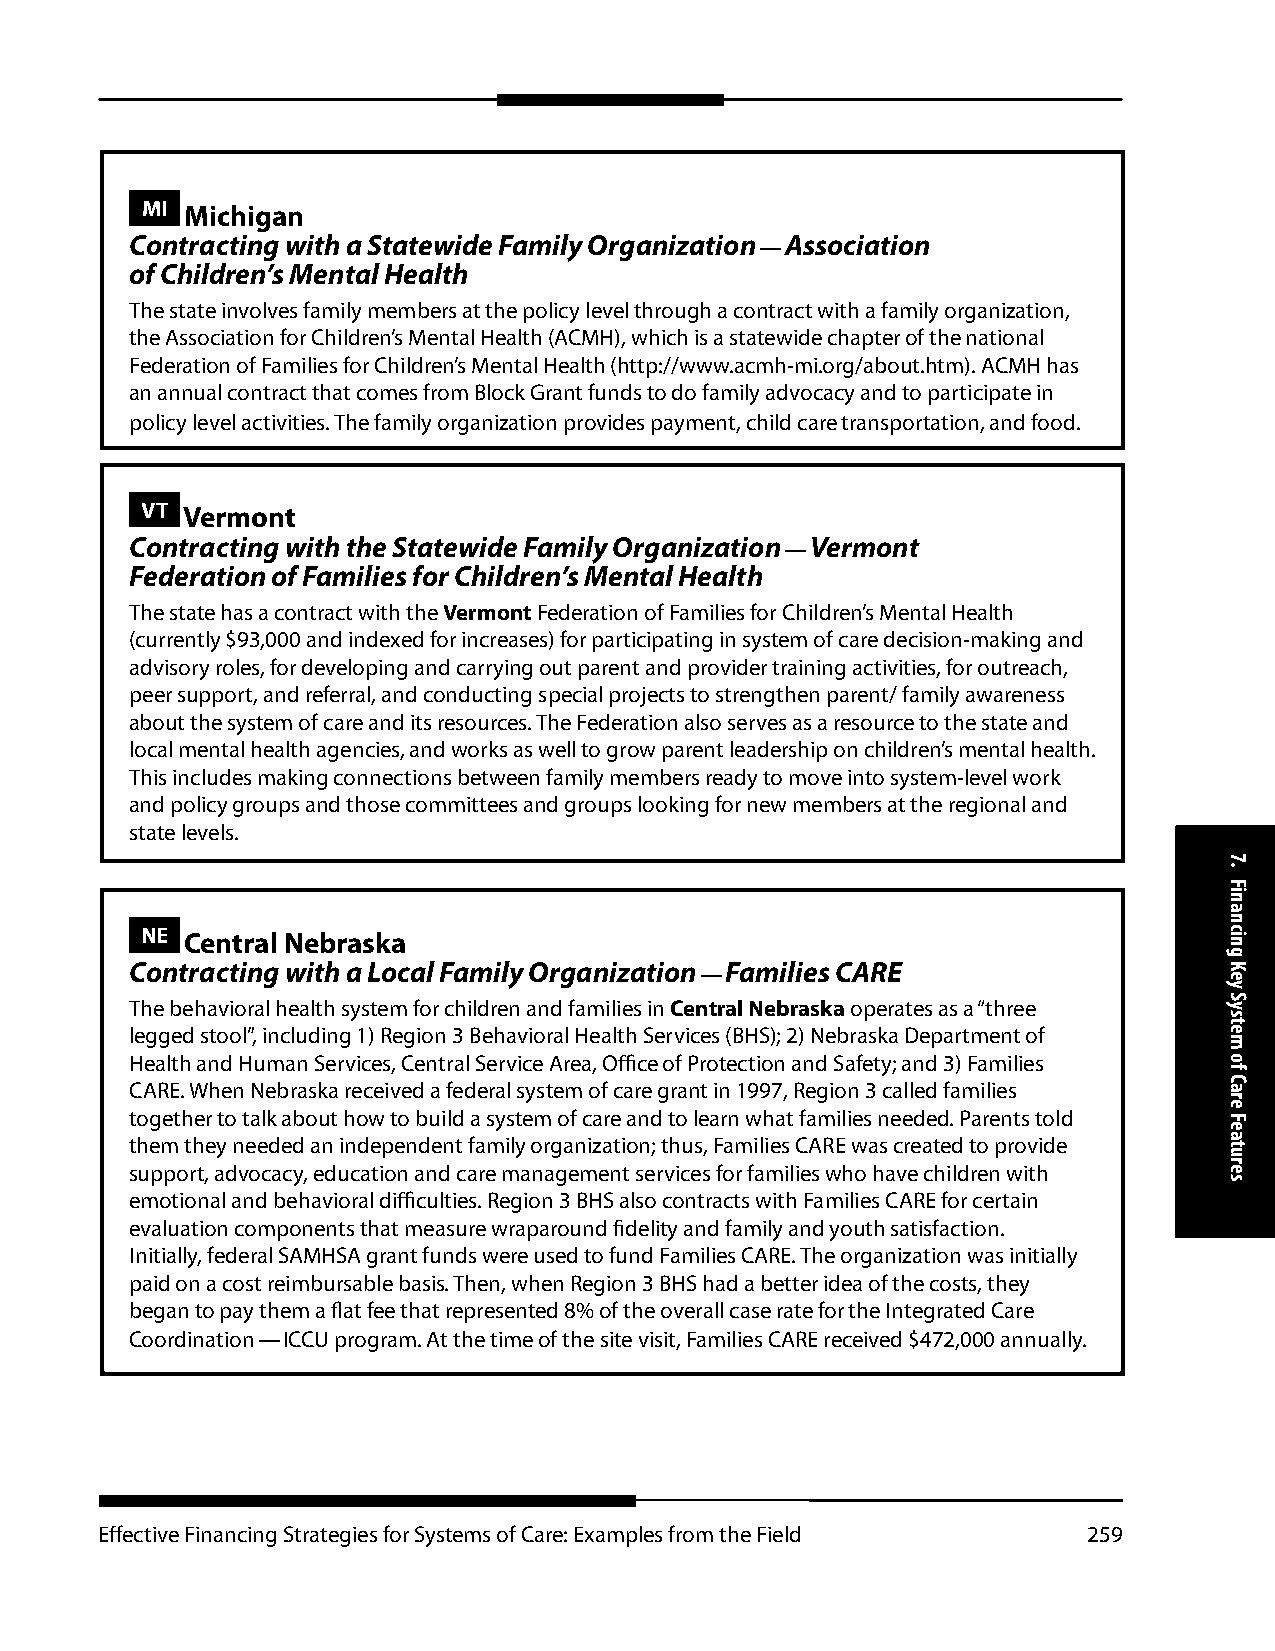
MI Michigan
 Contracting with a Statewide Family Organization — Association
 of Children’s Mental Health
 The state involves family members at the policy level through a contract with a family organization,
 the Association for Children’s Mental Health (ACMH), which is a statewide chapter of the national
 Federation of Families for Children’s Mental Health (http://www.acmh-mi.org/about.htm). ACMH has
 an annual contract that comes from Block Grant funds to do family advocacy and to participate in
 policy level activities. The family organization provides payment, child care transportation, and food.
 VT Vermont
 Contracting with the Statewide Family Organization — Vermont
 Federation of Families for Children’s Mental Health
 The state has a contract with the Vermont Federation of Families for Children’s Mental Health
 (currently $93,000 and indexed for increases) for participating in system of care decision-making and
 advisory roles, for developing and carrying out parent and provider training activities, for outreach,
 peer support, and referral, and conducting special projects to strengthen parent/ family awareness
 about the system of care and its resources. The Federation also serves as a resource to the state and
 local mental health agencies, and works as well to grow parent leadership on children’s mental health.
 This includes making connections between family members ready to move into system-level work
 and policy groups and those committees and groups looking for new members at the regional and
 state levels.
 NE Central Nebraska
 Contracting with a Local Family Organization — Families CARE
 The behavioral health system for children and families in Central Nebraska operates as a “three
 legged stool”, including 1) Region 3 Behavioral Health Services (BHS); 2) Nebraska Department of
 Health and Human Services, Central Service Area, Office of Protection and Safety; and 3) Families
 CARE. When Nebraska received a federal system of care grant in 1997, Region 3 called families
 together to talk about how to build a system of care and to learn what families needed. Parents told
 them they needed an independent family organization; thus, Families CARE was created to provide
 support, advocacy, education and care management services for families who have children with
 emotional and behavioral difficulties. Region 3 BHS also contracts with Families CARE for certain
 evaluation components that measure wraparound fidelity and family and youth satisfaction.
 Initially, federal SAMHSA grant funds were used to fund Families CARE. The organization was initially
 paid on a cost reimbursable basis. Then, when Region 3 BHS had a better idea of the costs, they
 began to pay them a flat fee that represented 8% of the overall case rate for the Integrated Care
 Coordination — ICCU program. At the time of the site visit, Families CARE received $472,000 annually.
 Effective Financing Strategies for Systems of Care: Examples from the Field 259
 7.
 Financing
 Key
 System
 of
 Care
 Features